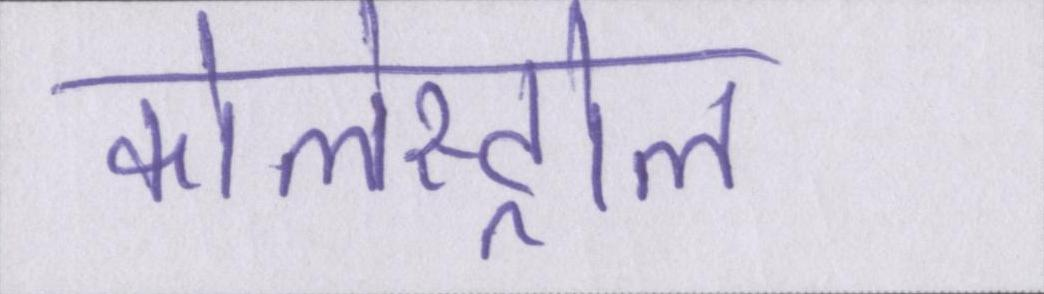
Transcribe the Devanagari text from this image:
कोलेस्ट्रोल